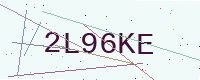
Text: 2L96KE